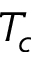
T _ { c }